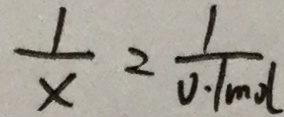
\frac { 1 } { x } = \frac { 1 } { 0 . 1 m o l }